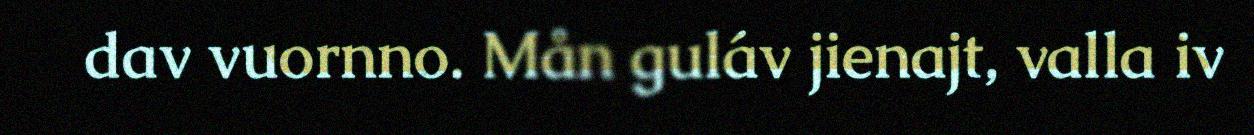
dav vuornno. Mån guláv jienajt, valla iv